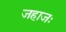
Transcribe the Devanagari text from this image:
जहाजः